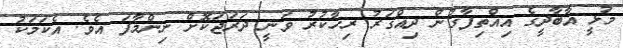
މުޅީ އާބާދީގެ އިއްތިފާގުން ދިއްގަރު ރިހާކުރު ވަނީ ދަރަޖަކޮށް ނިންމާފަ އެވެ. އެކަމަކު